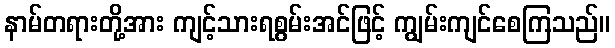
နာမ်တရားတို့အား ကျင့်သားရစွမ်းအင်ဖြင့် ကျွမ်းကျင်စေကြသည်။